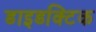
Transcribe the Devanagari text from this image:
डाइडक्टिक